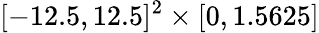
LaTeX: [-12.5,12.5]^{2}\times[0,1.5625]